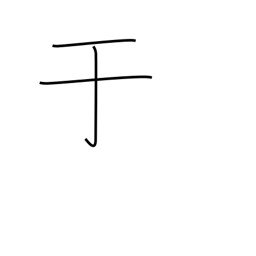
Meaning: from